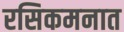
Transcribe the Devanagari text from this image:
रसिकमनात